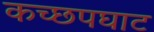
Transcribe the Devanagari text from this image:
कच्छपघाट